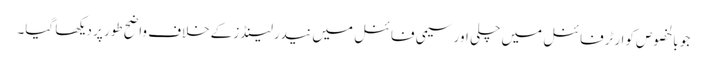
جو بالخصوص کوارٹرفائنل میں چلی اور سیمی فائنل میں نیدرلینڈز کےخلاف واضح طور پر دیکھا گیا۔